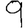
Digit: 9